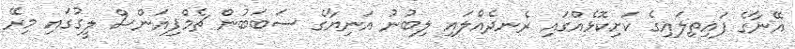
އޭނާގެ ފައިތިލައިގެ ކަށިކޮޅެއްގައި ރެނދެއްލައި ލިބުނު އަނިޔާގެ ސަބަބުން ޗެމްޕިއަންސް ލީގުގައި މިރޭ